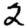
Digit: 2